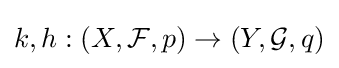
k,h:(X,{\mathcal {F}},p)\to (Y,{\mathcal {G}},q)